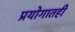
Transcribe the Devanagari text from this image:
प्रयोगातही